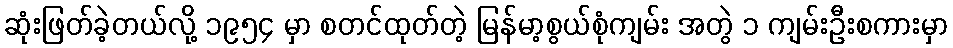
ဆုံးဖြတ်ခဲ့တယ်လို့ ၁၉၅၄ မှာ စတင်ထုတ်တဲ့ မြန်မာ့စွယ်စုံကျမ်း အတွဲ ၁ ကျမ်းဦးစကားမှာ